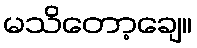
မသိတော့ချေ။